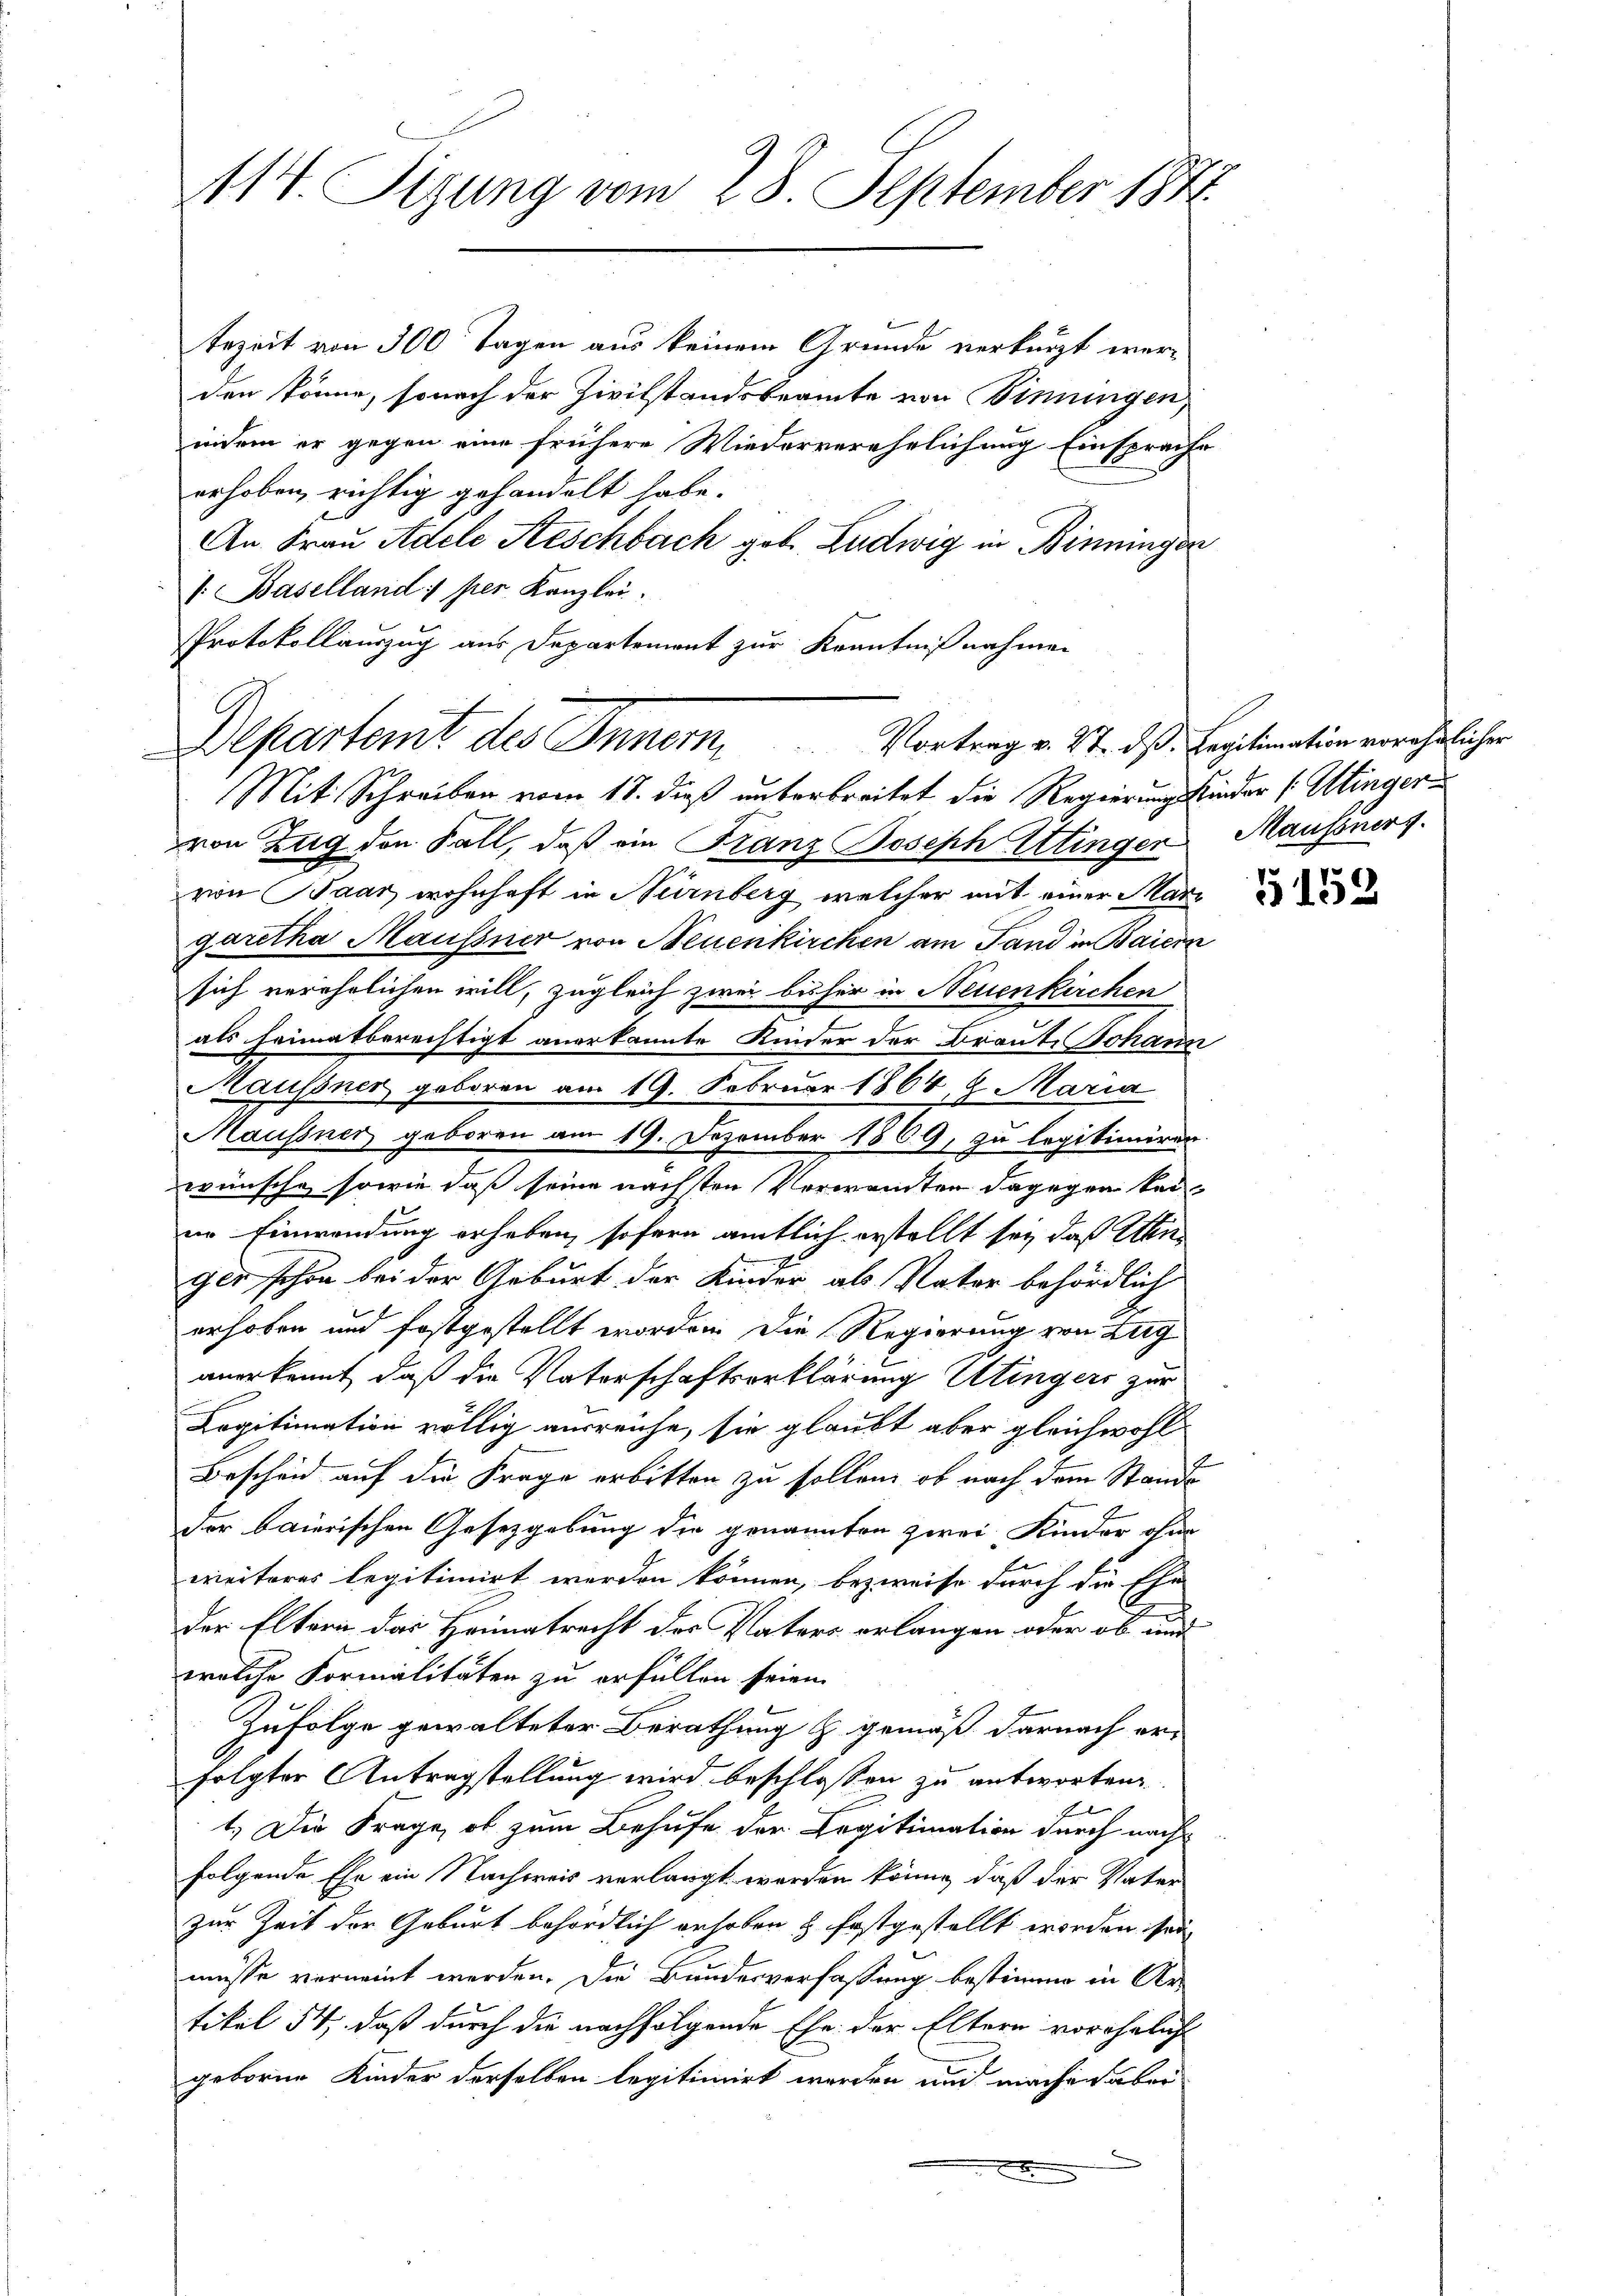
114. Sigung vom 28. September 1872

tezeit von 300 Tagen aus keinem Grunde verkürzt werden könne, sonach der Zivilstandsbeamte von Sinningen,
indem er gegen eine frühere Wiederverehelichung Einsprache
erhoben richtig gehandelt habe.
An Frau Adele Aeschbach geb. Ludwig in Binningen
V. Baselland per Kanzlei.
Protokollauszug aus Departement zur Kenntnißnahmen

Departemt des Inner, Vortrag v. Mt. dß. Legitimation verehelicher
Mit Schreiben vom 18. dieß unterbreitet die Regierungskinder (Uttinger

von Zug den Fall, daß ein Franz Joseph Utinger
von Paar wohnhaft in Nürnberg welcher mit einer Margaretha Maussner von Neuenkirchen am Sand in Baiern
sich verehelichen will, zugleich zwei bisher in Neuenkirchen
als heimatberechtigt anerkannte Kinder der Braute Johann
Maussner geboren am 19. Februar 1864, 9. Maria
Mausiner geboren am 19. Dezember 1869, zu legitimiren.
wünsche, sowie daß seine nächsten Verwandten dagegen keiim Einwendung erheben, sofern amtlich erstellt sei, daß Abir
ger schon bei der Geburt der Kinder, als Vater behördlich
erhoben und festgestellt worden. Die Regierung von Zug
anerkannt, daß die Vaterschaftserklärung Utingers zur
Copitimation völlig ausreiche, sie glaubt aber gleichwohl
e
Bescheid auf die Frage erbitten zu sollen, ob nach dem Stande
der baierischen Gesetzgebung die genannten zwei Kinder ohne
ereiteres Legitimirt werden können, bezweife durch die Ehe-
der Eltern das Heimatrecht der Vaters erlangen oder ob und
welche Formalitäten zu erfüllen seien.
Zufolge gewalteter Berathung & gemäß darnach er-
folgter Antragstellung wird beschlossen zu antworten.
1
1.) Die Frage, ob zum Behufe der Legitimation durch nach
folgende Ehe ein Nachpreis verlangt worden könne, daß der Vater
zur Zeit der Geburt behördlich erhoben & festgestellt worden sei
müsse verneint werden. Die Bundesverfassung bestimme in Ar-
tikel 54; daß durch die nachfolgende Ehe der Eltern vorehelich
geboren Kinder derselben legitimirt werden und machen aber

Mansoniert.

G 152